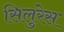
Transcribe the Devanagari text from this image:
सिलुरेस